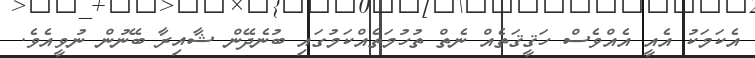
އެކަމަކު އެއީ އެއްވެސް ހަޤީޤަތެއް ނެތް ތުހުމަތެއްކަމުގައި ބުނެދޭން ޝާއިރާ ބޭނުން ނުވީއެވެ.